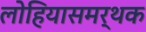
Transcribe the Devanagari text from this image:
लोहियासमर्थक